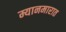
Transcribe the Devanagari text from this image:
म्यानमारात